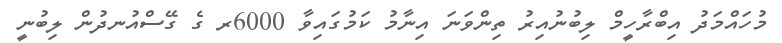
މުހައްމަދު އިބްރާހީމް ލިބުނުއިރު ތިންވަނަ އިނާމު ކަމުގައިވާ 6000ރ ގެ ގޭސްއުނދުން ލިބުނީ